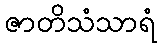
ဇာတိသံသာရံ